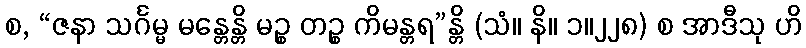
စ, “ဇနာ သင်္ဂမ္မ မန္တေန္တိ မဉ္စ တဉ္စ ကိမန္တရ”န္တိ (သံ။ နိ။ ၁။၂၂၈) စ အာဒီသု ဟိ